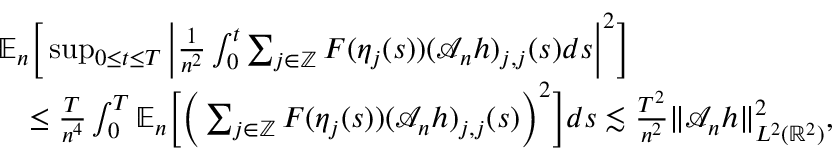
\begin{array} { r l } & { \mathbb { E } _ { n } \bigg [ \operatorname* { s u p } _ { 0 \le t \le T } \bigg | \frac { 1 } { n ^ { 2 } } \int _ { 0 } ^ { t } \sum _ { j \in \mathbb { Z } } F ( \eta _ { j } ( s ) ) ( \mathscr { A } _ { n } h ) _ { j , j } ( s ) d s \bigg | ^ { 2 } \bigg ] } \\ & { \quad \le \frac { T } { n ^ { 4 } } \int _ { 0 } ^ { T } \mathbb { E } _ { n } \bigg [ \bigg ( \sum _ { j \in \mathbb { Z } } F ( \eta _ { j } ( s ) ) ( \mathscr { A } _ { n } h ) _ { j , j } ( s ) \bigg ) ^ { 2 } \bigg ] d s \lesssim \frac { T ^ { 2 } } { n ^ { 2 } } \| \mathscr { A } _ { n } h \| _ { L ^ { 2 } ( \mathbb { R } ^ { 2 } ) } ^ { 2 } , } \end{array}